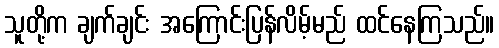
သူတို့က ချက်ချင်း အကြောင်းပြန်လိမ့်မည် ထင်နေကြသည်။